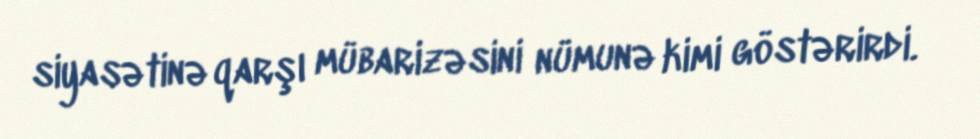
siyasətinə qarşı mübarizəsini nümunə kimi göstərirdi.